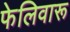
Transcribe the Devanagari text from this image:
फेलिवारू